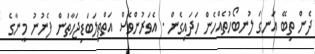
ދެން ތިބޭ އަނގަ ލުނބޯހުތެއްހެން ހަދައިގެން . އެވަރުންވެސް އަތްތިލަބަޑިޖަހާތަން ފެނުނު މީނާގެ